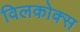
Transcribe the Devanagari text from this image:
विलकोक्स